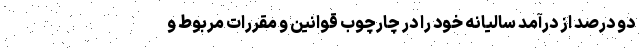
دو درصد از درآمد سالیانه خود را در چارچوب قوانین و مقررات مربوط و